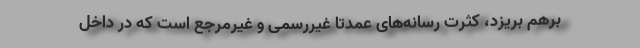
برهم بریزد، کثرت رسانه‌های عمدتاً غیررسمی و غیرمرجع است که در داخل